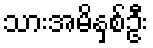
သားအမိနှစ်ဦး